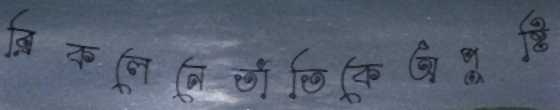
ব্রিকলেনেতাঁতিকেঅপুষ্টি